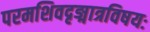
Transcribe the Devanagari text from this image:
परमशिवदृङ्मात्रविषयः